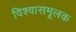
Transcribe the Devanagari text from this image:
विश्वासमूलक